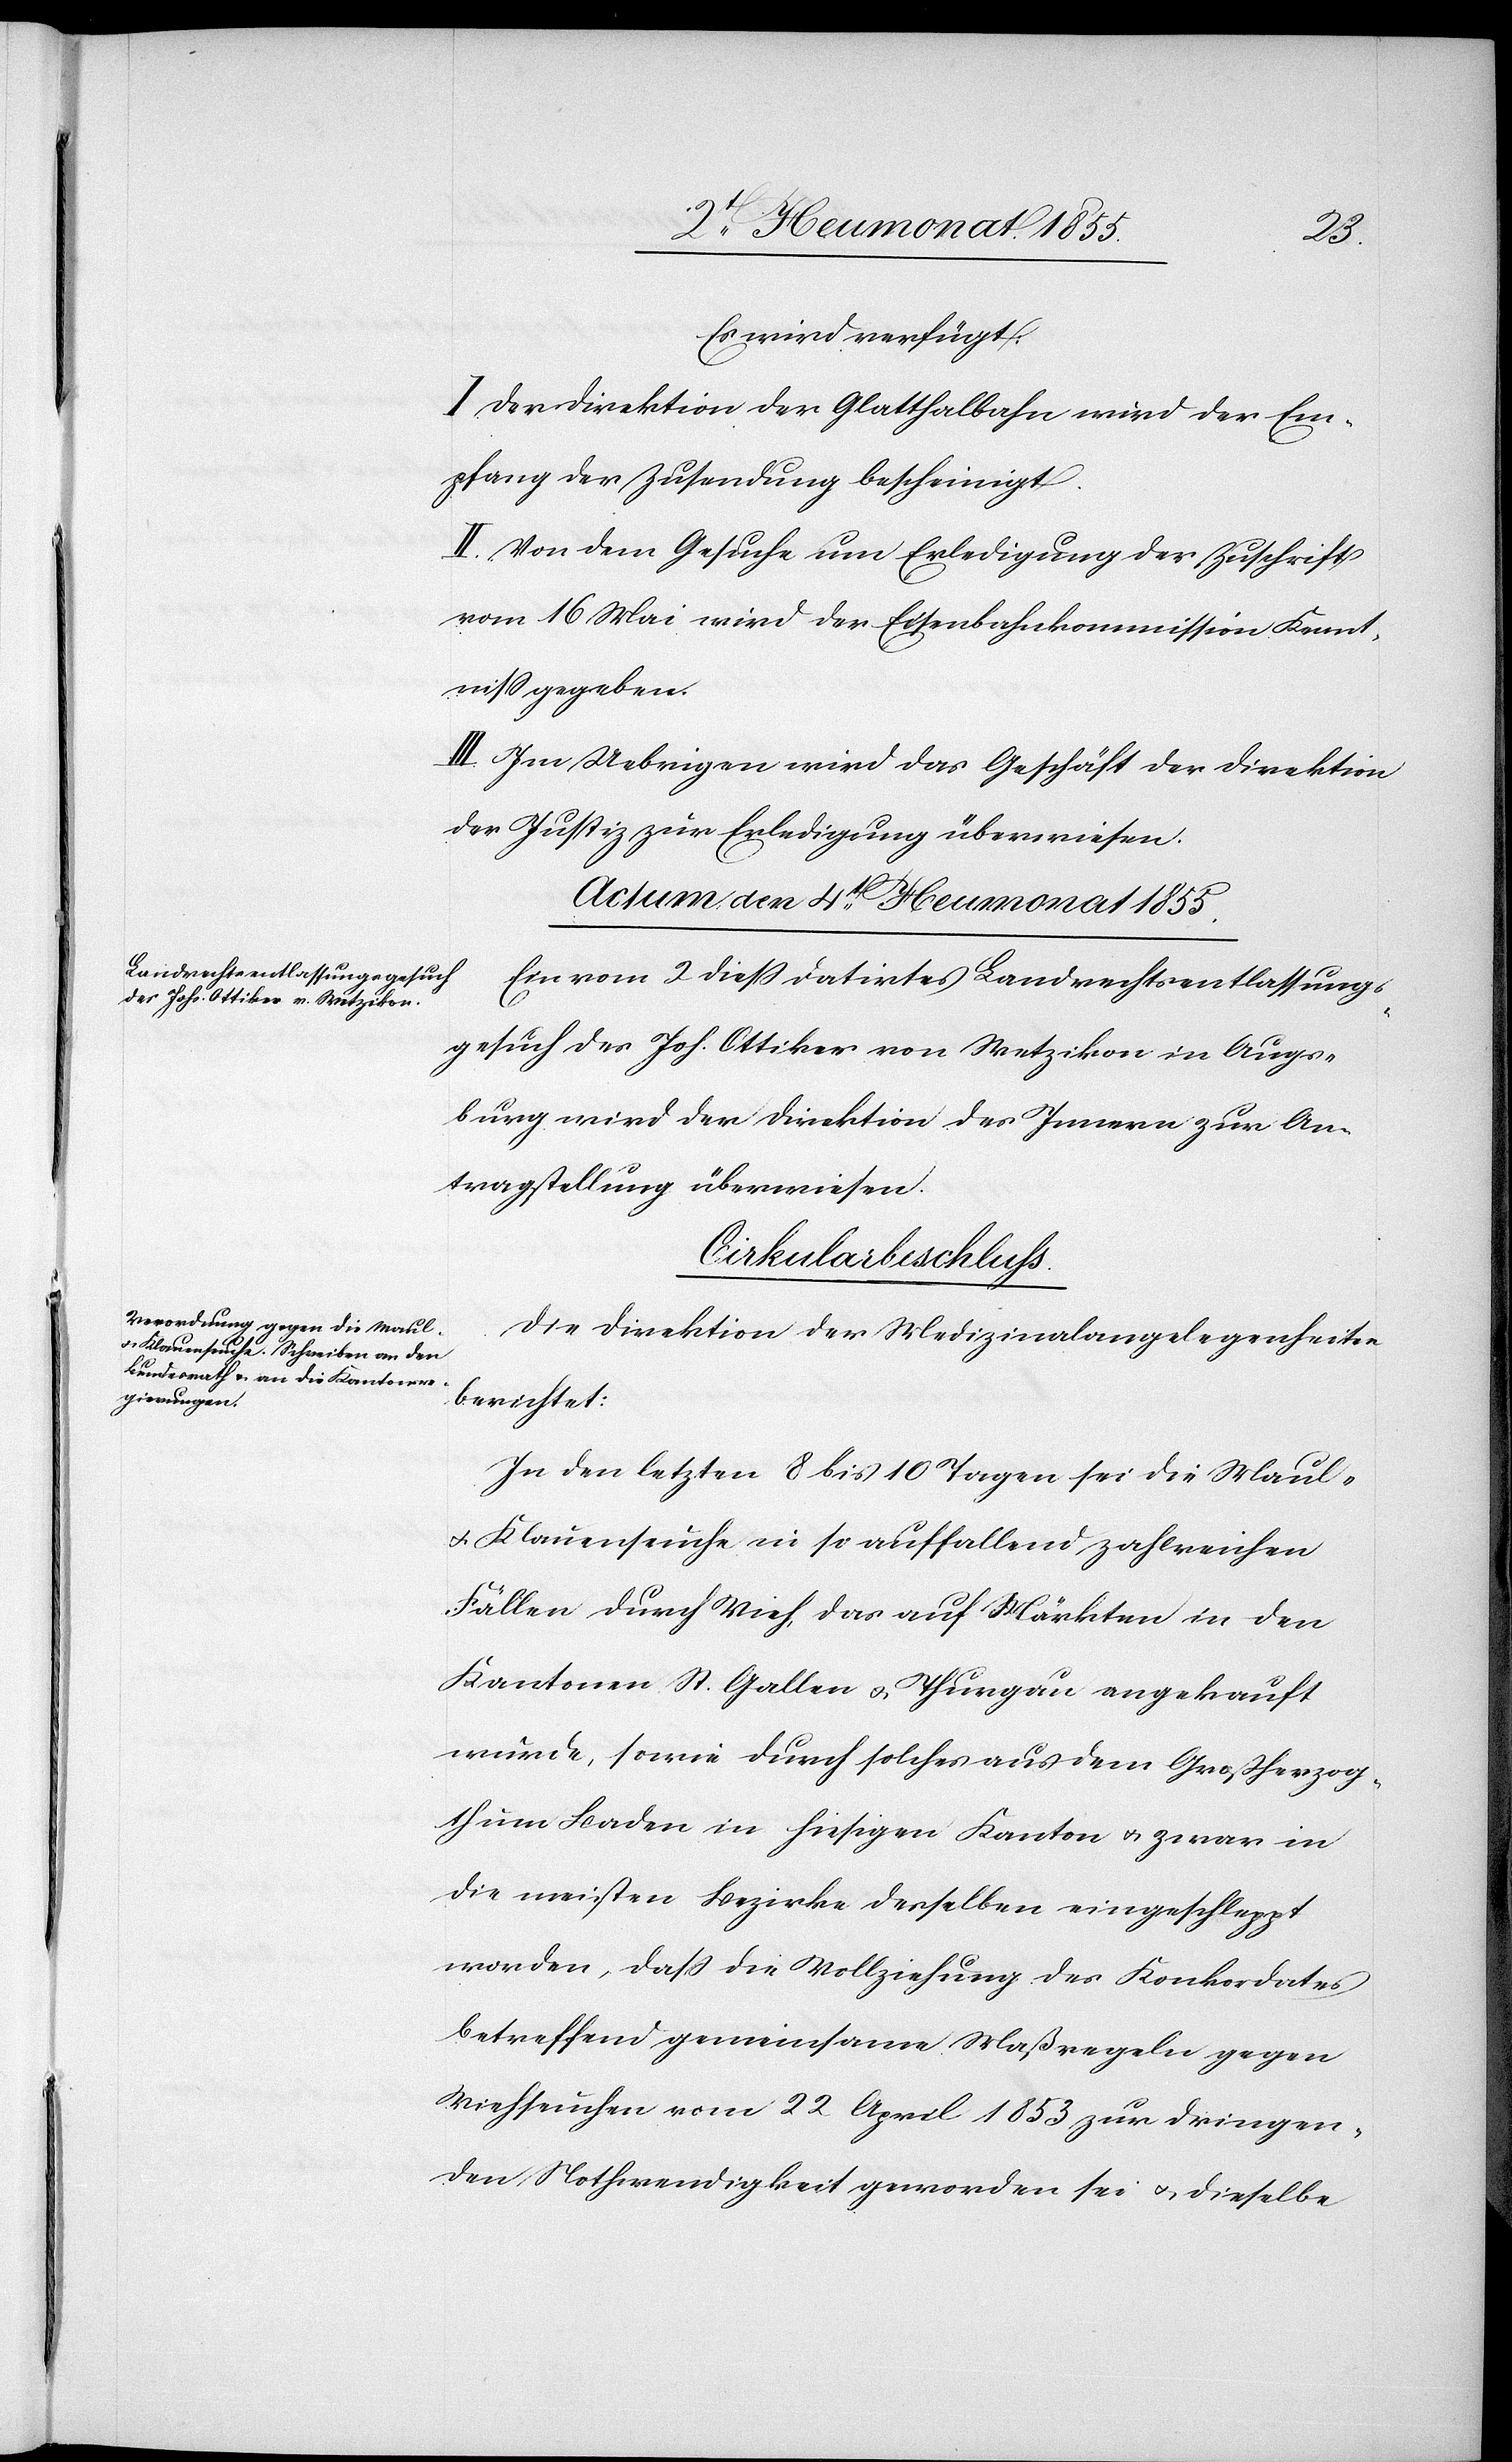
Es wird verfügt:
I Der Direktion der Glatthalbahn wird der Em¬
pfang der Zusendung bescheinigt.
II. Von dem Gesuche um Erledigung der Zuschrift
vom 16 Mai wird der Eisenbahnkommission Kennt¬
niss gegeben.
III Im Uebrigen wird das Geschäft der Direktion
der Justiz zur Erledigung überwiesen.
[Actum, den 4t[en] Heumonat 1855.]
Ein vom 2 diess datirtes Landrechtsentlassungs¬
gesuch des Joh. Ottiker von Wetzikon in Augs¬
burg wird der Direktion des Innern zur An¬
tragstellung überwiesen.
Cirkularbeschluss.
Die Direktion der Medizinalangelegenheiten
berichtet:
In den letzten 8 bis 10 Tagen sei die Maul-
& Klauenseuche in so auffallend zahlreichen
Fällen durch Vieh, das auf Märkten in den
Kantonen St. Gallen & Thurgau angekauft
wurde, sowie durch solches aus dem Großherzog¬
thum Baden in hiesigen Kanton & zwar in
die meisten Bezirke desselben eingeschleppt
worden, dass die Vollziehung des Konkordates
betreffend gemeinsame Maßregeln gegen
Viehseuchen vom 22 April 1853 zur dringen¬
den Nothwendigkeit geworden sei & dieselbe